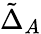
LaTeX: \tilde{\Delta}_{A}